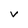
Character: V